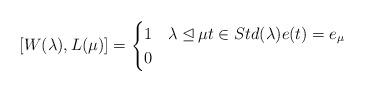
LaTeX: \begin{align*}[W(\lambda),L(\mu)]=\begin{cases}1 & \lambda \unlhd\mu t\in Std(\lambda) e(t)=e_{\mu}\\0 &\end{cases}\end{align*}